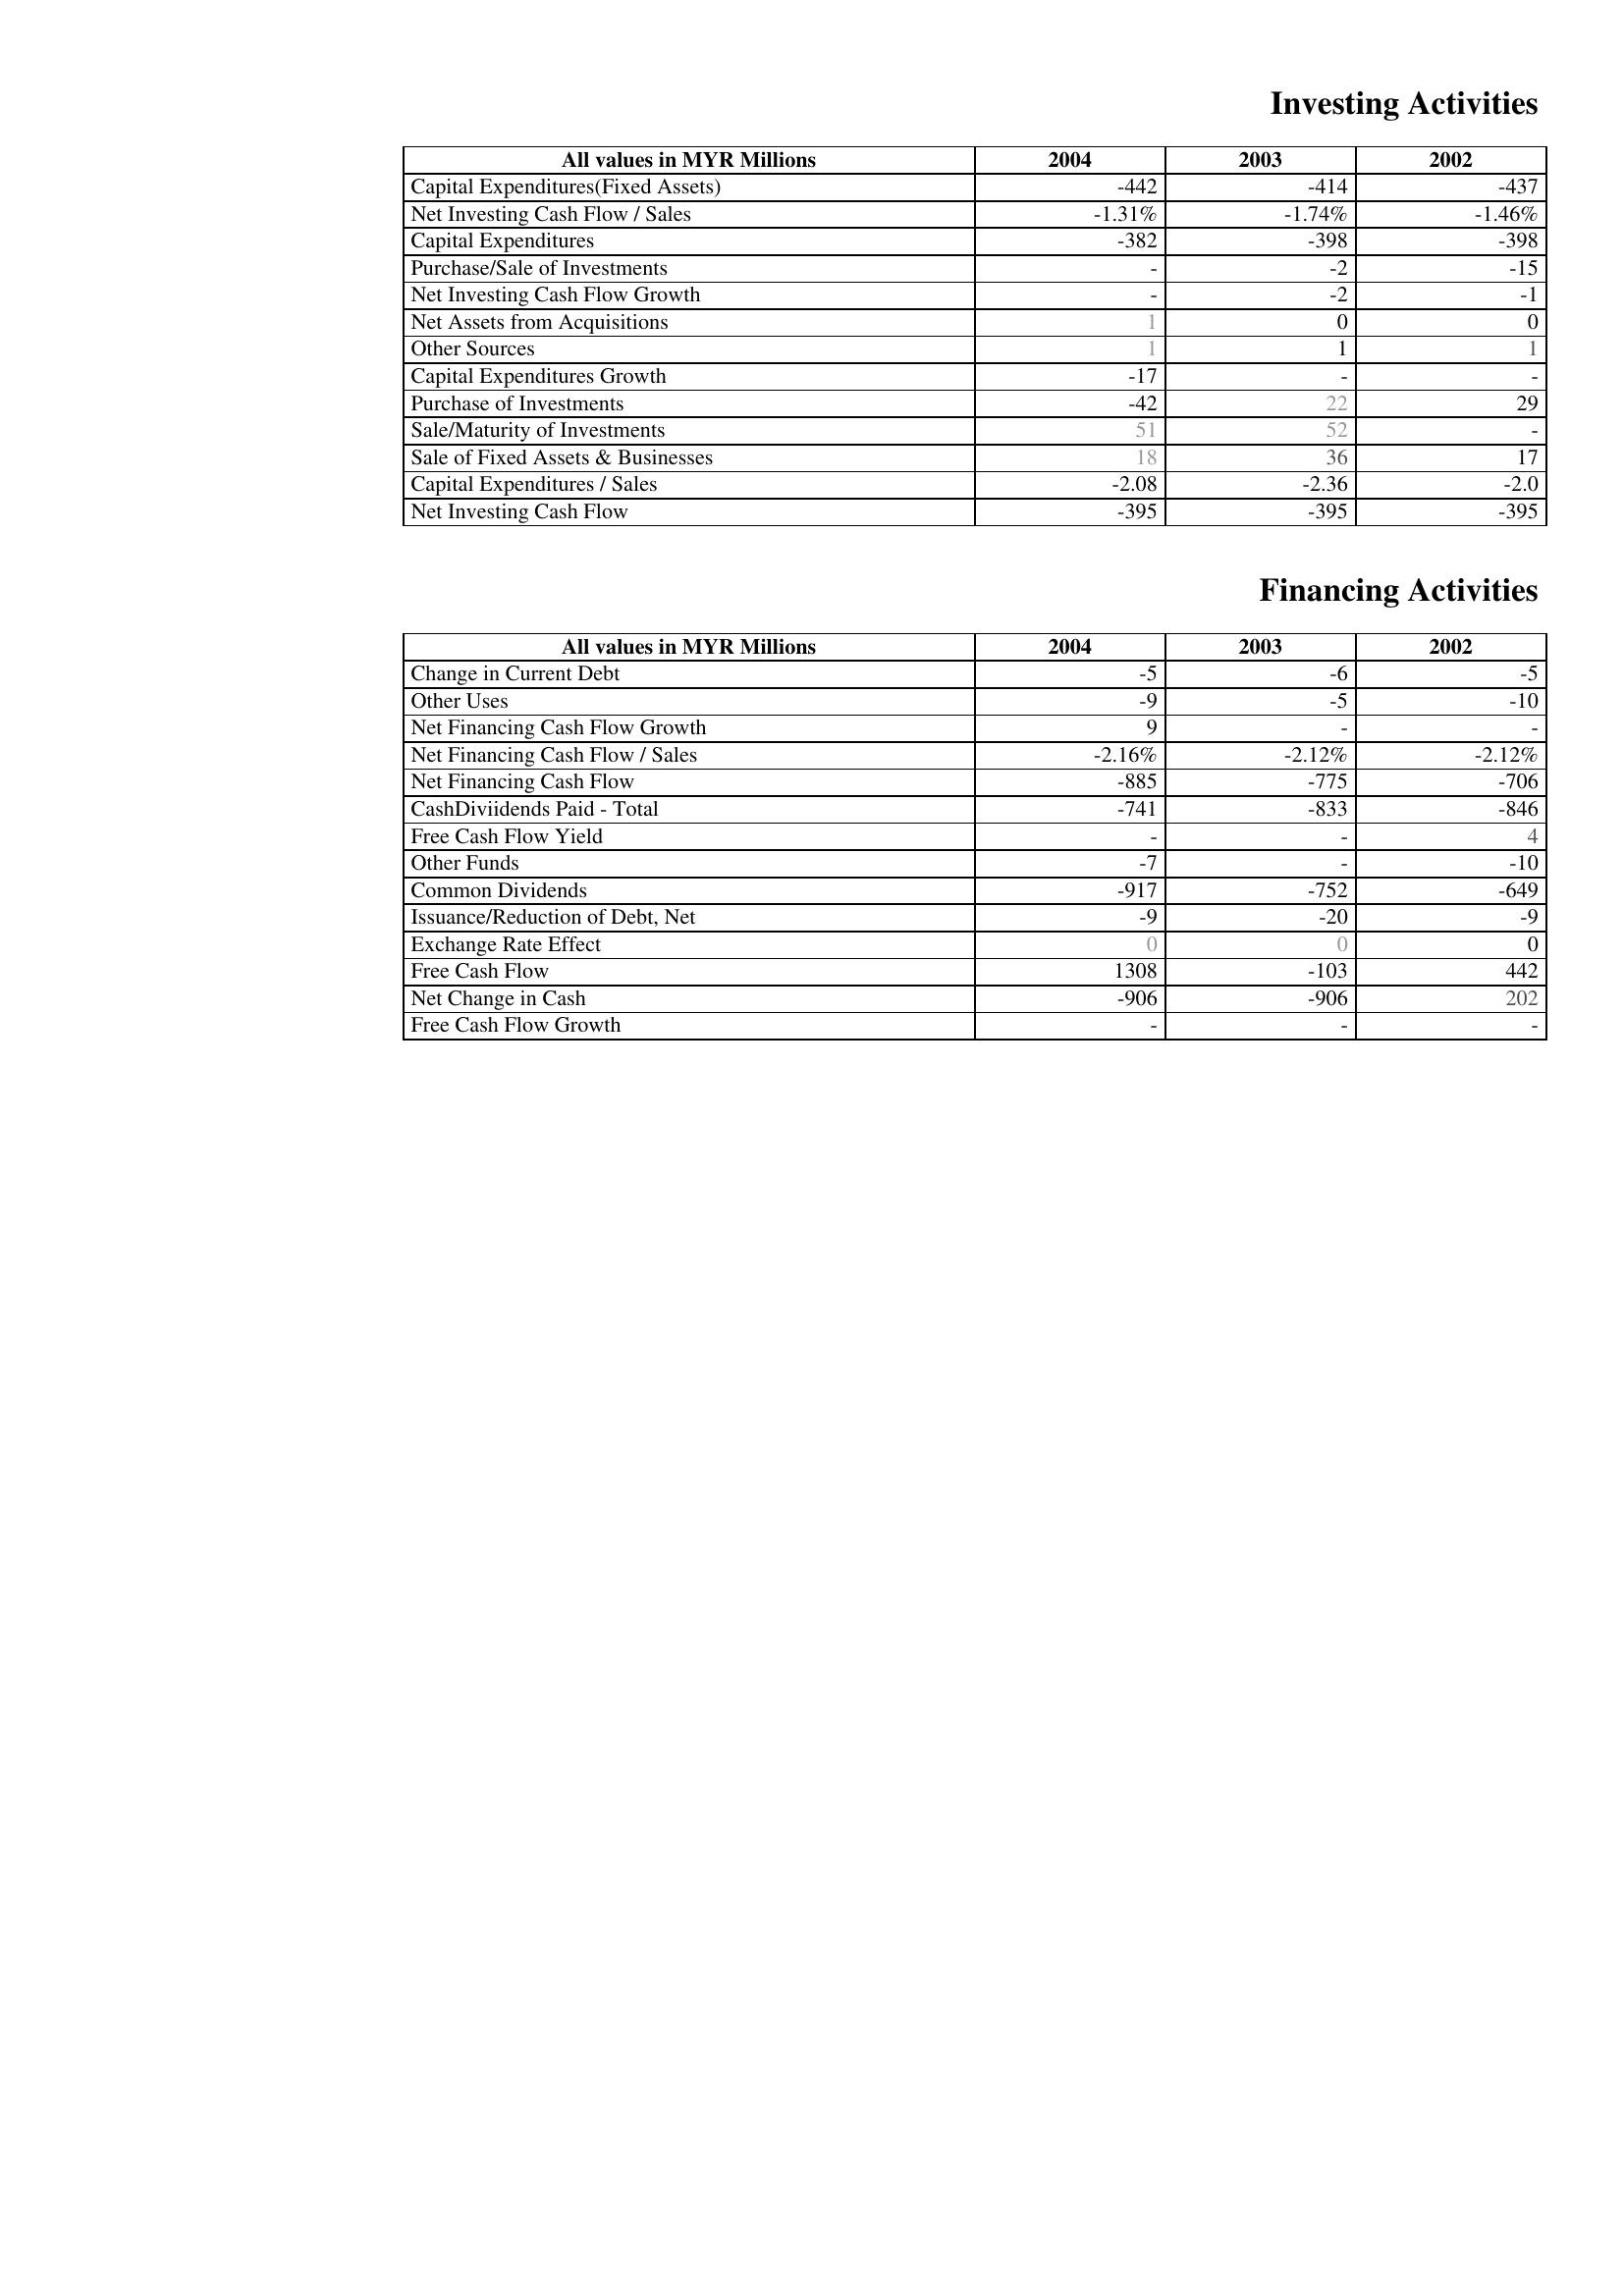
2004: Investing Activities: Capital Expenditures(Fixed Assets): -442
Net Investing Cash Flow / Sales: -1.31%
Capital Expenditures: -382
Purchase/Sale of Investments: -
Net Investing Cash Flow Growth: -
Net Assets from Acquisitions: 1
Other Sources: 1
Capital Expenditures Growth: -17
Purchase of Investments: -42
Sale/Maturity of Investments: 51
Sale of Fixed Assets & Businesses: 18
Capital Expenditures / Sales: -2.08
Net Investing Cash Flow: -395
Financing Activities: Change in Current Debt: -5
Other Uses: -9
Net Financing Cash Flow Growth: 9
Net Financing Cash Flow / Sales: -2.16%
Net Financing Cash Flow: -885
CashDiviidends Paid - Total: -741
Free Cash Flow Yield: -
Other Funds: -7
Common Dividends: -917
Issuance/Reduction of Debt, Net: -9
Exchange Rate Effect: 0
Free Cash Flow: 1308
Net Change in Cash: -906
Free Cash Flow Growth: -
2003: Investing Activities: Capital Expenditures(Fixed Assets): -414
Net Investing Cash Flow / Sales: -1.74%
Capital Expenditures: -398
Purchase/Sale of Investments: -2
Net Investing Cash Flow Growth: -2
Net Assets from Acquisitions: 0
Other Sources: 1
Capital Expenditures Growth: -
Purchase of Investments: 22
Sale/Maturity of Investments: 52
Sale of Fixed Assets & Businesses: 36
Capital Expenditures / Sales: -2.36
Net Investing Cash Flow: -395
Financing Activities: Change in Current Debt: -6
Other Uses: -5
Net Financing Cash Flow Growth: -
Net Financing Cash Flow / Sales: -2.12%
Net Financing Cash Flow: -775
CashDiviidends Paid - Total: -833
Free Cash Flow Yield: -
Other Funds: -
Common Dividends: -752
Issuance/Reduction of Debt, Net: -20
Exchange Rate Effect: 0
Free Cash Flow: -103
Net Change in Cash: -906
Free Cash Flow Growth: -
2002: Investing Activities: Capital Expenditures(Fixed Assets): -437
Net Investing Cash Flow / Sales: -1.46%
Capital Expenditures: -398
Purchase/Sale of Investments: -15
Net Investing Cash Flow Growth: -1
Net Assets from Acquisitions: 0
Other Sources: 1
Capital Expenditures Growth: -
Purchase of Investments: 29
Sale/Maturity of Investments: -
Sale of Fixed Assets & Businesses: 17
Capital Expenditures / Sales: -2.0
Net Investing Cash Flow: -395
Financing Activities: Change in Current Debt: -5
Other Uses: -10
Net Financing Cash Flow Growth: -
Net Financing Cash Flow / Sales: -2.12%
Net Financing Cash Flow: -706
CashDiviidends Paid - Total: -846
Free Cash Flow Yield: 4
Other Funds: -10
Common Dividends: -649
Issuance/Reduction of Debt, Net: -9
Exchange Rate Effect: 0
Free Cash Flow: 442
Net Change in Cash: 202
Free Cash Flow Growth: -